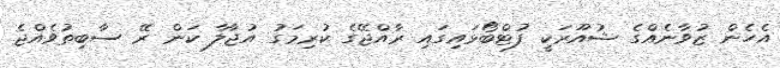
އެހެން ޒުވާނެއްގެ ޝުއޫރަކީ ފުޓްބޯޅައިގައި ރާއްޖޭގެ ކުރިމަގު އުޖާލާ ކަން ރޭ ސާބިތުވެއްޖެ